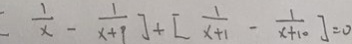
[ \frac { 1 } { x } = \frac { 1 } { x + 1 } ] + [ \frac { 1 } { x + 1 } - \frac { 1 } { x + 1 0 } ] = 0